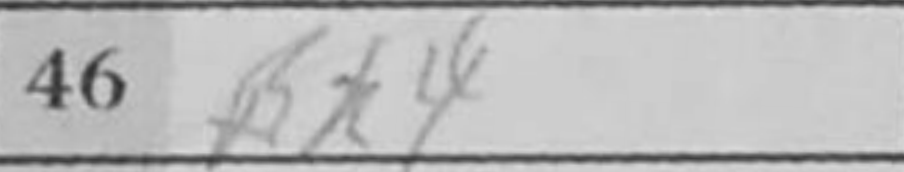
Transcription: Bh4